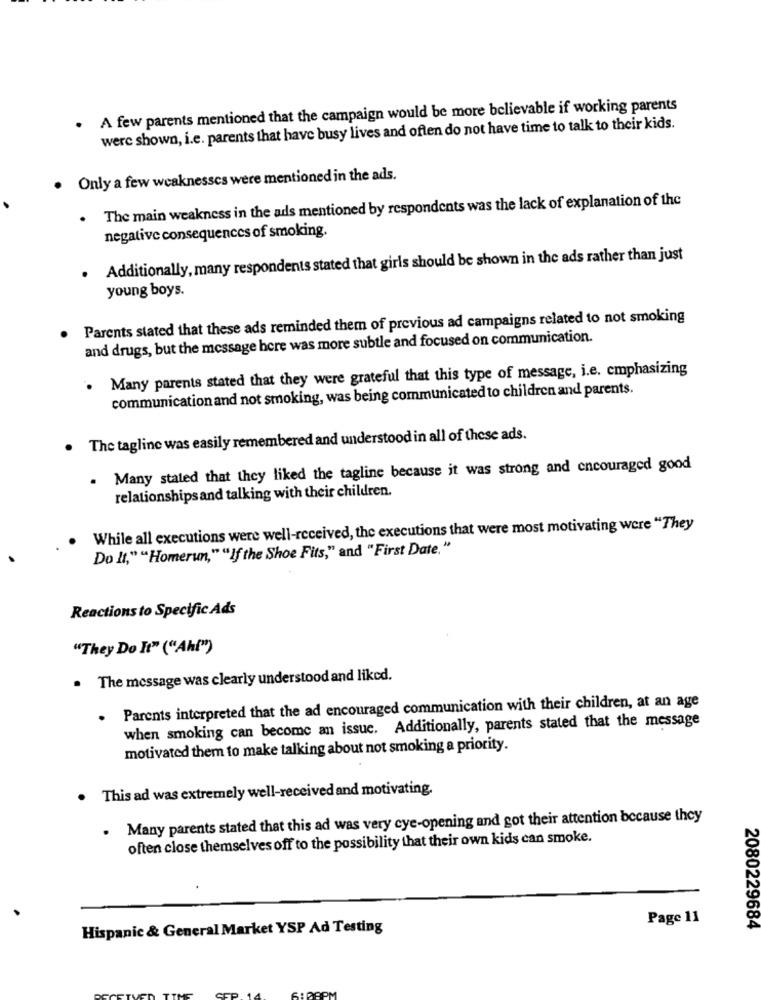
A few parents mentioned that the campaign would be more believable if working parents
.
were shown, i.e. parents that have busy lives and often do not have time to talk to their kids.
Only a few weaknesses were mentioned in the ads.
The main weakness in the ads mentioned by respondents was the lack of explanation of the
negative consequences of smoking.
. Additionally, many respondents stated that girls should be shown in the ads rather than just
young boys.
Parents stated that these ads reminded them of previous ad campaigns related to not smoking
and drugs, but the message here was more subtle and focused on communication.
. Many parents stated that they were grateful that this type of message, i.e. emphasizing
communication and not smoking, was being communicated to children and parents.
. The tagline was easily remembered and understood in all of these ads.
. Many stated that they liked the tagline because it was strong and encouraged good
relationships and talking with their children.
While all executions were well-received, the executions that were most motivating were "They
Do It," "Homerun,"""If the Shoe Fits," and "First Date."
Reactions to Specific Ads
"They Do It" ("Ah!")
. The message was clearly understood and liked.
Parents interpreted that the ad encouraged communication with their children, at an age
when smoking can become an issue. Additionally, parents stated that the message
motivated them to make talking about not smoking a priority.
This ad was extremely well-received and motivating.
. Many parents stated that this ad was very cye-opening and got their attention because they
often close themselves off to the possibility that their own kids can smoke.
Page 11
Hispanic & General Market YSP Ad Testing
2080229684